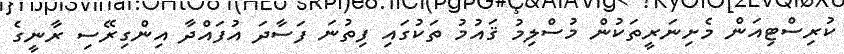
ކުރިސްޓިއަން މެށިނަރީތަކުން މުސްލިމު ޤައުމު ތަކުގައި ފިތުނަ ފަސާދަ އުފައްދާ އިންގިރޭސި ރާނީގެ